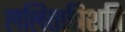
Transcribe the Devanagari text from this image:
ललितात्रिशति